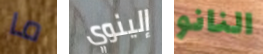
ما إلينوي النانو